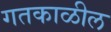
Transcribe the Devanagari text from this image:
गतकाळील